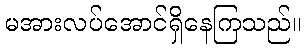
မအားလပ်အောင်ရှိနေကြသည်။